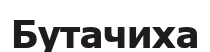
Бутачиха